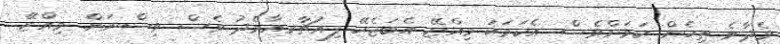
ވެދާނެ ތިހެން ކަމަށްވެސް. އެކަމަކު މިއްޒޭ އެބަޖެހޭ ފިއުޗާރއާމެދު ވެސް ވިސްނަން. މިއްޒޭ